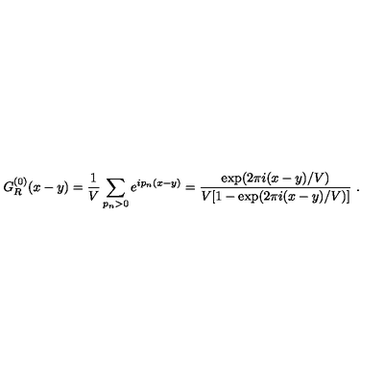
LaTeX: G _ { R } ^ { ( 0 ) } ( x - y ) = \frac 1 V \sum _ { p _ { n } > 0 } e ^ { i p _ { n } ( x - y ) } = \frac { \exp ( 2 \pi i ( x - y ) / V ) } { V [ 1 - \exp ( 2 \pi i ( x - y ) / V ) ] } \ .